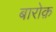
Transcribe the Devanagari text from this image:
बारोक़